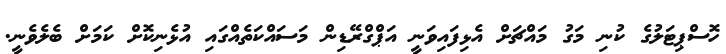
ހޮސްޕިޓަލުގެ ކުނި މަގު މައްޗަށް އެޅިފައިވަނީ އަޕްގްރޭޑިން މަސައްކަތެއްގައި އުޅެނިކޮށް ކަމަށް ބެލެވެނީ.